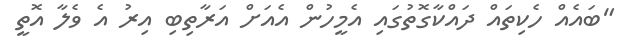
"ބައެއް ހެކިތައް ދައްކާގޮތުގައި އެމީހުން އެއަށް އަރާތިބި އިރު އެ ވެލާ އޮތީ